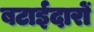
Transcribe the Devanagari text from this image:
बटाईदारों